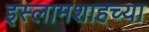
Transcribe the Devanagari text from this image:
इस्लामशाहच्या